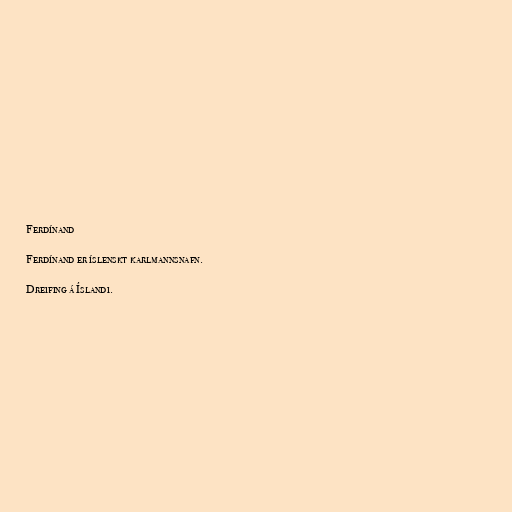
Ferdínand

Ferdínand er íslenskt karlmannsnafn.

Dreifing á Íslandi.